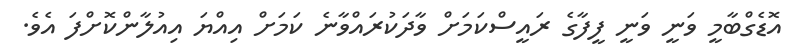
އޮޑެގްބާމީ ވަނީ ވަނީ ފީފާގެ ރައީސްކަމަށް ވާދަކުރައްވާނެ ކަމަށް އިއްޔަ އިއުލާންކޮށްފަ އެވެ.